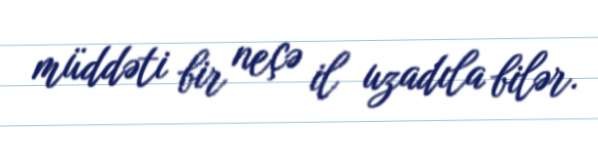
müddəti bir neçə il uzadıla bilər.